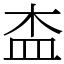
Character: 㭗